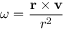
{ \boldsymbol { \omega } } = { \frac { \mathbf { r } \times \mathbf { v } } { r ^ { 2 } } }